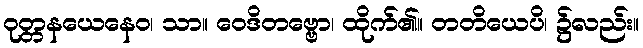
ဝုတ္တနယေနေဝ၊ သာ။ ဝေဒိတဗ္ဗော၊ ထိုက်၏။ တတိယေပိ၊ ၌လည်း။